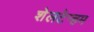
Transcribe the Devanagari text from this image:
शेलटेन्हम